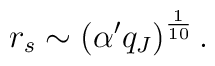
r_s\sim \left(\alpha'q_J\right)^{\frac{1}{10}}.